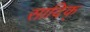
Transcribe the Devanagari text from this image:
सादिक्